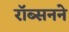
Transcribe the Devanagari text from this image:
रॉब्सनने